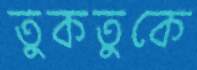
তুকতুকে